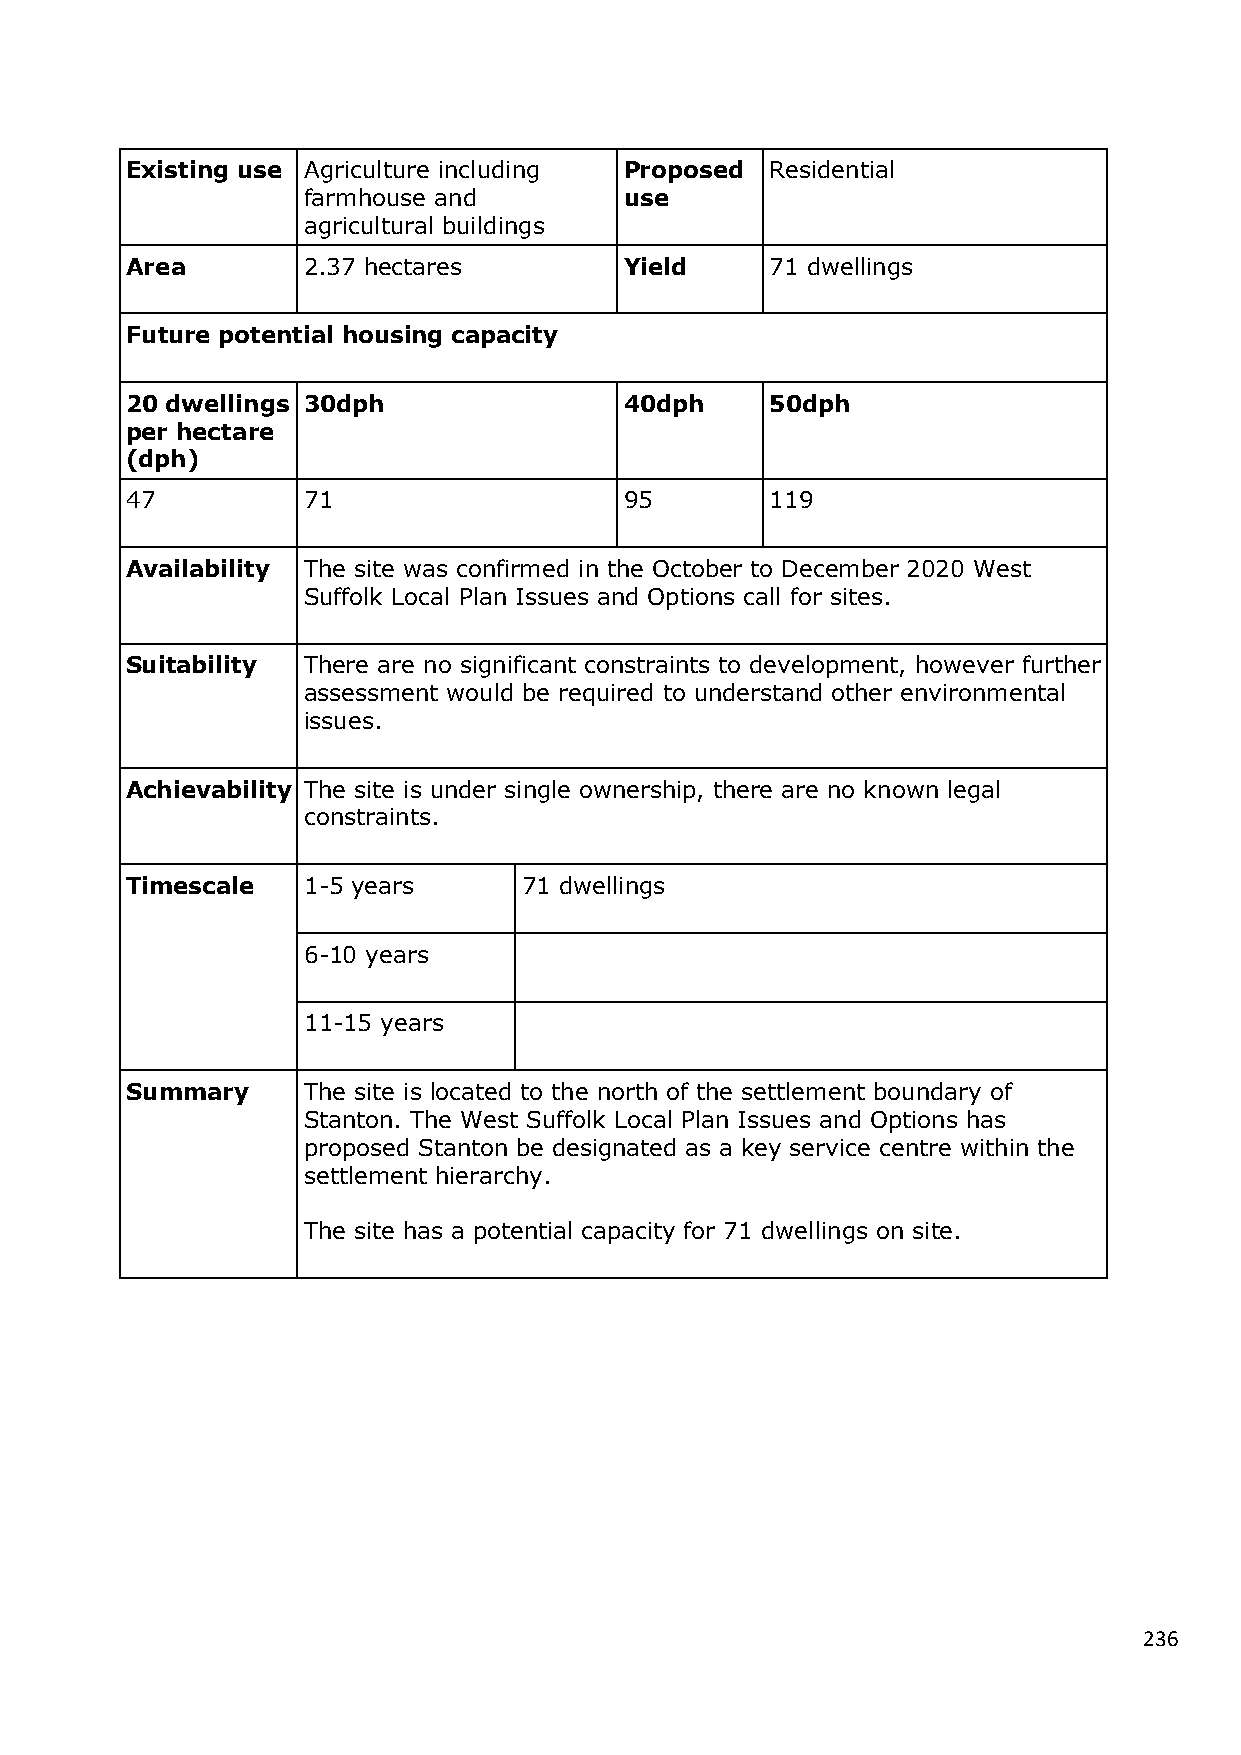
Existing use Agriculture including Proposed Residential
 farmhouse and        use
 agricultural buildings
 Area        2.37 hectares        Yield     71 dwellings
 Future potential housing capacity
 20 dwellings 30dph               40dph     50dph
 per hectare
 (dph)
 47          71                   95        119
 Availability The site was confirmed in the October to December 2020 West
 Suffolk Local Plan Issues and Options call for sites.
 Suitability There are no significant constraints to development, however further
 assessment would be required to understand other environmental
 issues.
 Achievability The site is under single ownership, there are no known legal
 constraints.
 Timescale   1-5 years      71 dwellings
 6-10 years
 11-15 years
 Summary     The site is located to the north of the settlement boundary of
 Stanton. The West Suffolk Local Plan Issues and Options has
 proposed Stanton be designated as a key service centre within the
 settlement hierarchy.
 The site has a potential capacity for 71 dwellings on site.
 236